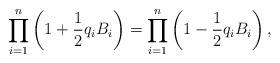
LaTeX: \begin{align*}\prod_{i=1}^n\left( 1+{1\over 2} q_i B_i \right)=\prod_{i=1}^n\left( 1-{1\over 2} q_i B_i \right),\end{align*}